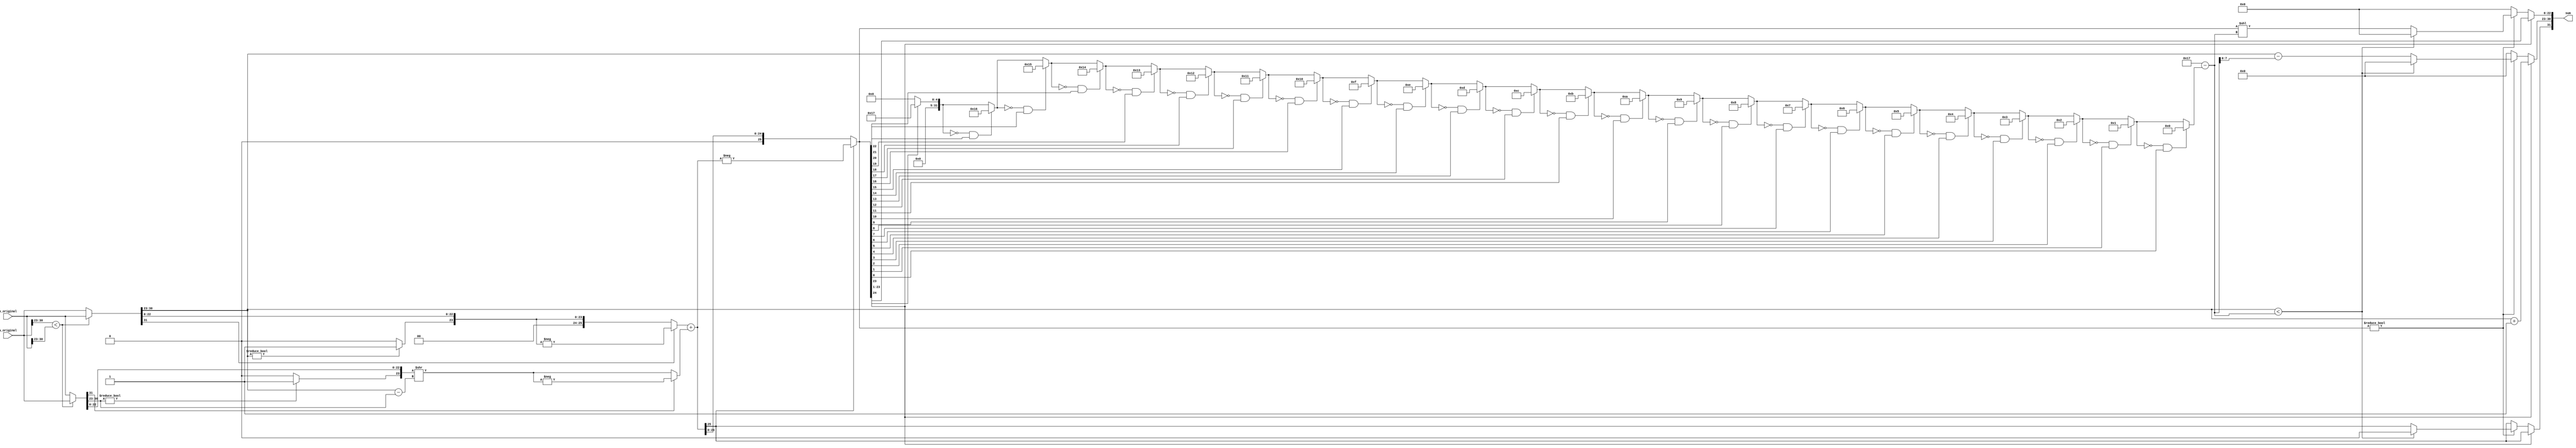
module FP_Add(sum, a_original, b_original);
   input [31:0] a_original, b_original;
   output [31:0] sum;

   reg           sumneg;
   reg [7:0]    sumexp;
   reg [25:0]    sumsig;
   assign        sum[31]    = sumneg;
   assign        sum[30:23] = sumexp;
   assign        sum[22:0]  = sumsig;

   reg [31:0]    a, b;
   reg [25:0]    asig, bsig;
   reg [7:0]    aexp, bexp;
   reg           aneg, bneg;
   reg [7:0]    diff;

   always @( a_original or b_original )
     begin
        /// Step 1: Copy inputs to a and b so that a's exponent not smaller than b's.
        if ( a_original[30:23] < b_original[30:23] ) begin

           a = b_original;  b = a_original;

        end else begin
           a = a_original;  b = b_original;
        end
        /// Step 2: Break operand into sign (neg), exponent, and significand.
    
        aneg = a[31]; bneg = b[31];
        aexp = a[30:23];  bexp = b[30:23];
        
        asig = { 2'b0, aexp ? 1'b1 : 1'b0, a[22:0] };
        bsig = { 2'b0, bexp ? 1'b1 : 1'b0, b[22:0] };

        /// Step 3: Un-normalize b so that aexp == bexp.
        //
        diff = aexp - bexp;
        bsig = bsig >> diff;

        /// Step 4: If necessary, negate significands.
        //
        if ( aneg ) asig = -asig;
        if ( bneg ) bsig = -bsig;
        /// Step 5: Compute sum.
        //
        sumsig = asig + bsig;
        /// Step 6: Take absolute value of sum.
        //
        sumneg = sumsig[25];
        if ( sumneg ) sumsig = -sumsig;
        /// Step 7: Normalize sum. (Three cases.)
        //
        if ( sumsig[24] ) begin
           //
           // Case 1: Sum overflow.
           //         Right shift significand and increment exponent.
           sumexp = aexp + 1;
           sumsig = sumsig >> 1;
        end else if ( sumsig ) begin:A
           //
           // Case 2: Sum is nonzero and did not overflow.
           //         Normalize. (See cases 2a and 2b.)
           integer pos, adj, i;
           // Find position of first non-zero digit.
           pos = 0;
           for (i = 23; i >= 0; i = i - 1 ) if ( !pos && sumsig[i] ) pos = i;
           // Compute amount to shift significand and reduce exponent.
           adj = 23 - pos;
           if ( aexp < adj ) begin
              //
              // Case 2a:
              //   Exponent too small, floating point underflow, set to zero.
              sumexp = 0;
              sumsig = 0;
              sumneg = 0;
           end else begin
              //
              // Case 2b: Adjust significand and exponent.
              sumexp = aexp - adj;
              sumsig = sumsig << adj;
           end
        end else begin
           //
           // Case 3: Sum is zero.
           sumexp = 0;
           sumsig = 0;
        end
     end
endmodule